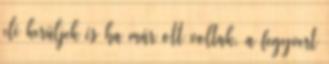
elé kerüljek és ha már ott voltak, a fegyvert